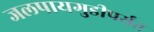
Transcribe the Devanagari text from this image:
जलपायगुडीपर्यंत